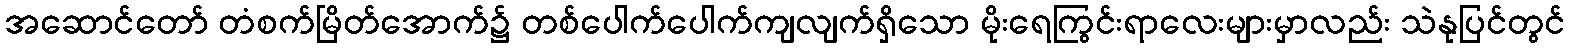
အဆောင်တော် တံစက်မြိတ်အောက်၌ တစ်ပေါက်ပေါက်ကျလျက်ရှိသော မိုးရေကြွင်းရာလေးများမှာလည်း သဲနုပြင်တွင်